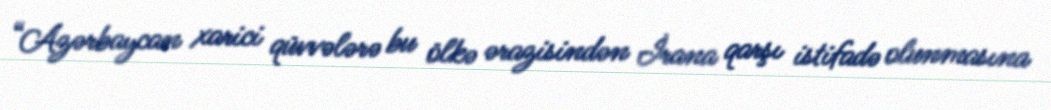
“Azərbaycan xarici qüvvələrə bu ölkə ərazisindən İrana qarşı istifadə olunmasına